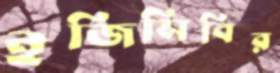
ইজিসিবির